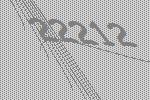
22212